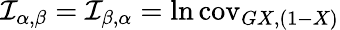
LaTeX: {\mathcal{I}}_{\alpha,\beta}={\mathcal{I}}_{\beta,\alpha}=\ln\operatorname{cov}_{G{X,(1-X)}}